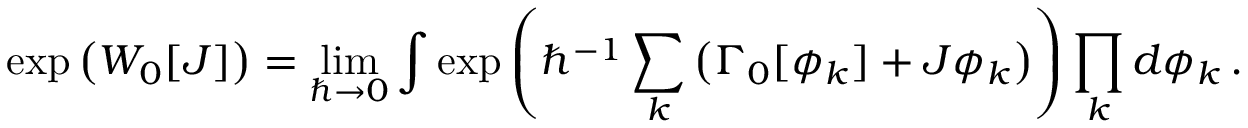
\exp \left( W _ { 0 } [ J ] \right) = \operatorname * { l i m } _ { \hbar \to 0 } \int \exp \left( \hbar ^ { - 1 } \sum _ { k } \left( \Gamma _ { 0 } [ \phi _ { k } ] + J \phi _ { k } \right) \right) \prod _ { k } d \phi _ { k } \, .